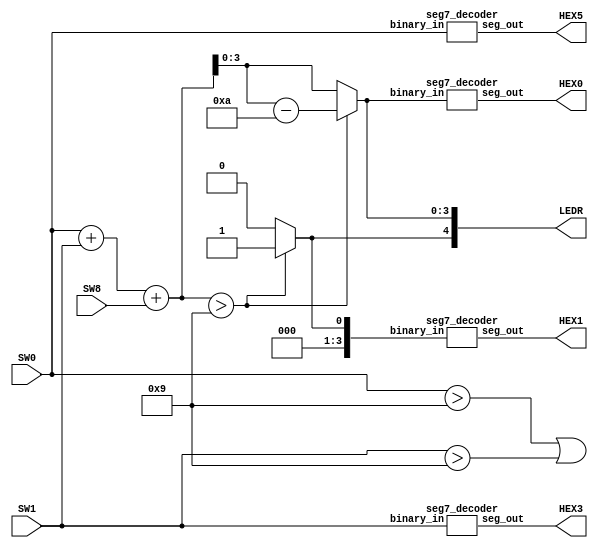
module top_module (
    input [3:0] SW0, SW1,
    input SW8,
    output [6:0] HEX5, HEX3,
    output [6:0] HEX1, HEX0,
    output [9:0] LEDR
);

    wire [3:0] A = SW0;
    wire [3:0] B = SW1;
    wire cin = SW8;
    wire [4:0] T0;
    reg [3:0] S0;
    reg c1;

    assign T0 = A + B + cin;

    always @(*) begin
        if (T0 > 5'd9) begin
            S0 = T0 - 4'd10;
            c1 = 1;
        end else begin
            S0 = T0;
            c1 = 0;
        end
    end

    assign LEDR[9] = (A > 4'd9) | (B > 4'd9);
    assign LEDR[4:0] = {c1, S0};

    seg7_decoder decoder_A (.binary_in(A), .seg_out(HEX5));
    seg7_decoder decoder_B (.binary_in(B), .seg_out(HEX3));
    seg7_decoder decoder_S1 (.binary_in({3'b0, c1}), .seg_out(HEX1));
    seg7_decoder decoder_S0 (.binary_in(S0), .seg_out(HEX0));

endmodule

module seg7_decoder (
    input [3:0] binary_in,
    output [6:0] seg_out
);

    assign seg_out = (binary_in == 4'b0000) ? 7'b1000000 :  
                     (binary_in == 4'b0001) ? 7'b1111001 :  
                     (binary_in == 4'b0010) ? 7'b0100100 :  
                     (binary_in == 4'b0011) ? 7'b0110000 :  
                     (binary_in == 4'b0100) ? 7'b0011001 :  
                     (binary_in == 4'b0101) ? 7'b0010010 :  
                     (binary_in == 4'b0110) ? 7'b0000010 :  
                     (binary_in == 4'b0111) ? 7'b1111000 :  
                     (binary_in == 4'b1000) ? 7'b0000000 :  
                     (binary_in == 4'b1001) ? 7'b0010000 :  
                     7'b1111111;  
endmodule